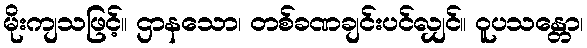
မိုးကျသဖြင့်။ ဌာနသော၊ တစ်ခဏချင်းပင်လျှင်။ ဝူပသန္တော၊